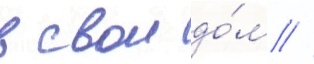
в свои до́м //